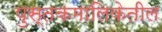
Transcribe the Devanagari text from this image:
पुस्तकमालिकेतील